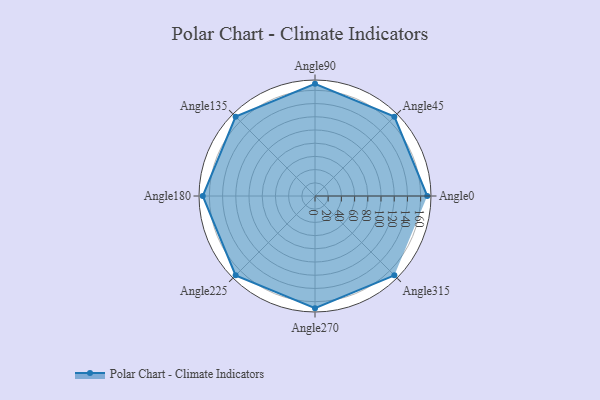
{"axis": {"x": "Angle", "y": "Radius"}, "legend": [""], "data": [{"x": "Angle0", "y": 170.0, "type": ""}, {"x": "Angle45", "y": 170, "type": ""}, {"x": "Angle90", "y": 170, "type": ""}, {"x": "Angle135", "y": 170, "type": ""}, {"x": "Angle180", "y": 170, "type": ""}, {"x": "Angle225", "y": 170, "type": ""}, {"x": "Angle270", "y": 170, "type": ""}, {"x": "Angle315", "y": 170, "type": ""}]}